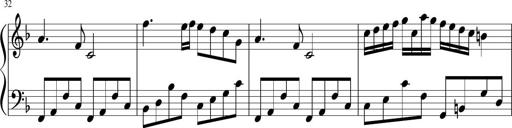
Title: Sonatina di Santa Gemma, JKB 12
Composer: Jason Baruk
Key: F major